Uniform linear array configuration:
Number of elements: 12
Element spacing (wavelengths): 1
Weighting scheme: hann
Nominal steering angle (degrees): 45
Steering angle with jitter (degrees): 43.916
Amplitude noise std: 0.05
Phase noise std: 0.05

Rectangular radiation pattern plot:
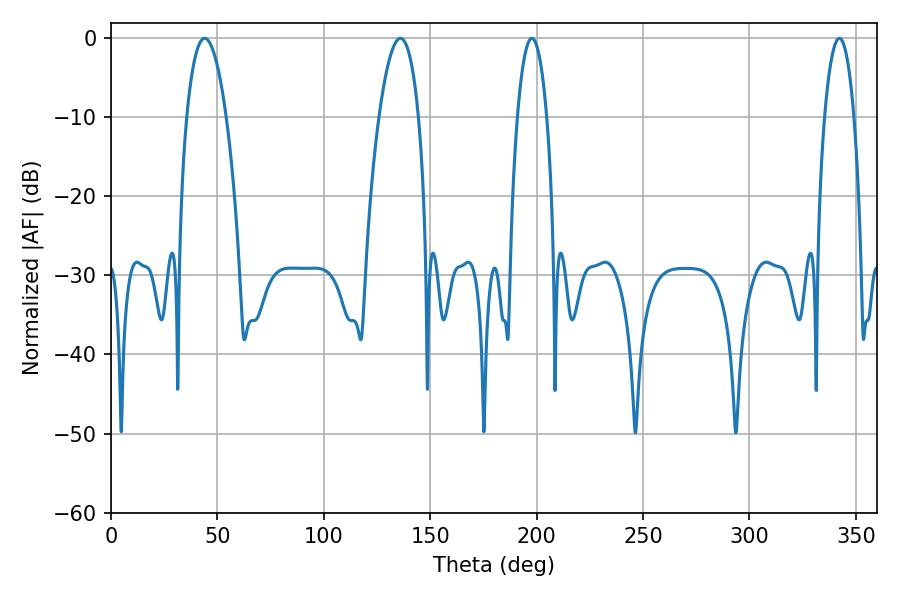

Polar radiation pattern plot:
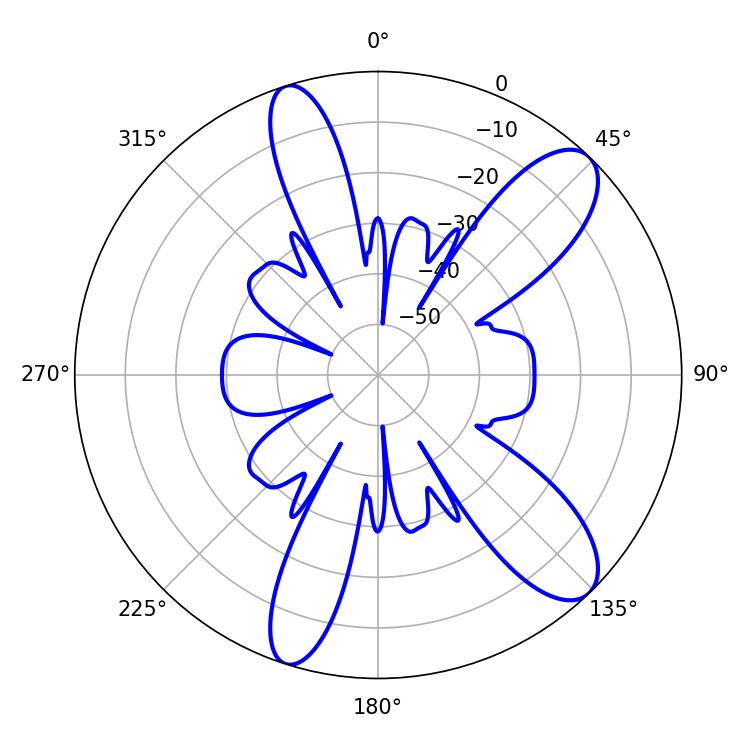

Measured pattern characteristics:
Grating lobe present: TRUE
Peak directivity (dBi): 10.443
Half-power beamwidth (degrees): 10.44
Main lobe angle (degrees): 135.9